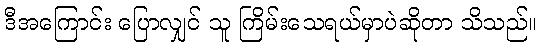
ဒီအကြောင်း ပြောလျှင် သူ ကြိမ်းသေရယ်မှာပဲဆိုတာ သိသည်။